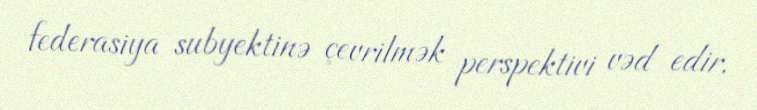
federasiya subyektinə çevrilmək perspektivi vəd edir.